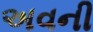
અવની